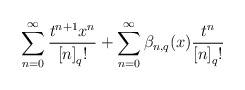
LaTeX: \begin{align*}\sum_{n=0}^{\infty}\frac{t^{n+1}x^{n}}{\left[ n\right] _{q}!}+\sum_{n=0}^{\infty}\mathit{\beta}_{n,q}(x)\frac{t^{n}}{\left[ n\right] _{q}!}\end{align*}